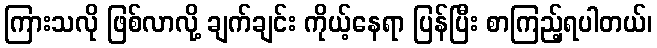
ကြားသလို ဖြစ်လာလို့ ချက်ချင်း ကိုယ့်နေရာ ပြန်ပြီး စာကြည့်ရပါတယ်၊